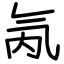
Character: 氝